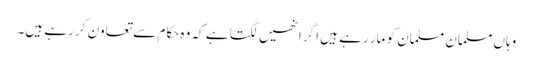
وہاں مسلمان مسلمان کو مار رہے ہیں اگر انھیں لگتا ہے کہ وہ حکام سے تعاون کر رہے ہیں۔